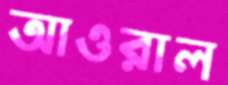
আওরাল